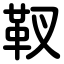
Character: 靫